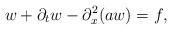
LaTeX: \begin{align*}w+\partial_tw-\partial_x^2(aw)=f,\end{align*}